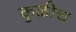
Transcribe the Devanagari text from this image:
कुळीच